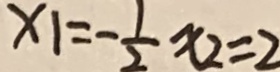
x _ { 1 } = - \frac { 1 } { 2 } x _ { 2 } = 2